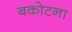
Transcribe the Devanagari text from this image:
बकोटना